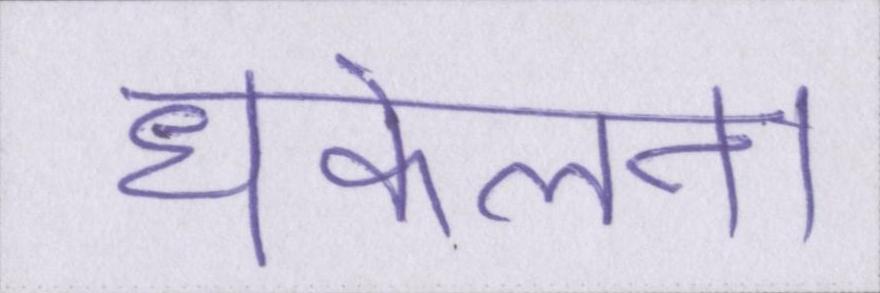
धकेलना